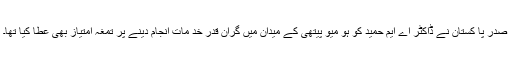
صدر پا کستان نے ڈاکٹر اے ایم حمید کو ہو میو پیتھی کے میدان میں گران قدر خد مات انجام دینے پر تمغہ امتیاز بھی عطا کیا تھا۔